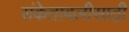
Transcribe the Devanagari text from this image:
संकेतावलीसाठी